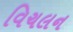
વિચલન